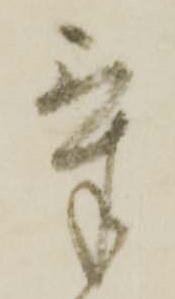
気